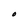
Character: O